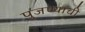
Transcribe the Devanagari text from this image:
पुजण्याची